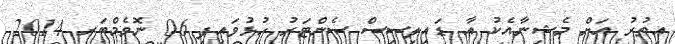
އިތުރު އަށް މެޝިނާއެކު އާ ޑައިލިސިސް ސެންޓަރު ހުޅުވައިފި 06 ނޮވެމްބަރ 2014